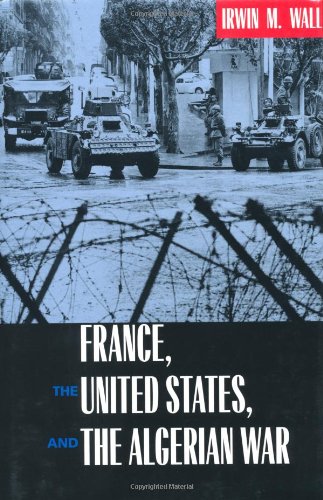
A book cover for France, the United States, and the Algerian War; Irwin M. Wall; History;